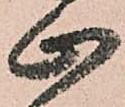
止